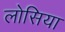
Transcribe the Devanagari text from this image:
लोसिया